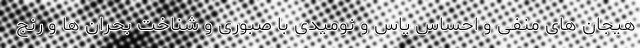
هیجان های منفی و احساس یاس و نومیدی با صبوری و شناخت بحران ها و رنج